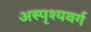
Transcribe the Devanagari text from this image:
अस्पृश्यवर्ग